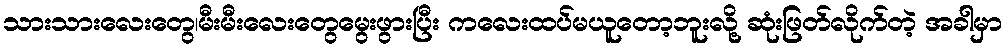
သားသားလေးတွေ၊မီးမီးလေးတွေမွေးဖွားပြီး ကလေးထပ်မယူတော့ဘူးလို့ ဆုံးဖြတ်လိုက်တဲ့ အခါမှာ